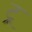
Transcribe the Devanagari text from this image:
ट्र्